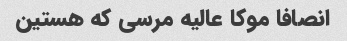
انصافا موکا عالیه مرسی که هستین